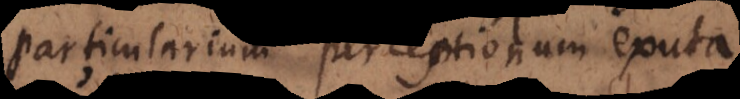
particularium perceptionum exuta